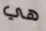
هي